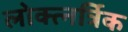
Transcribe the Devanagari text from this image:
लोक्त्नर्त्रिक